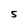
Character: 5